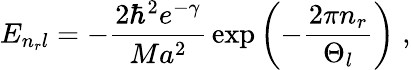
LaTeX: E_{n_{r}l}=-\frac{2\hbar^{2}e^{-\gamma}}{Ma^{2}}\, \exp\left(-\frac{2\pi n_{r}}{\Theta_{l}}\right)\; ,